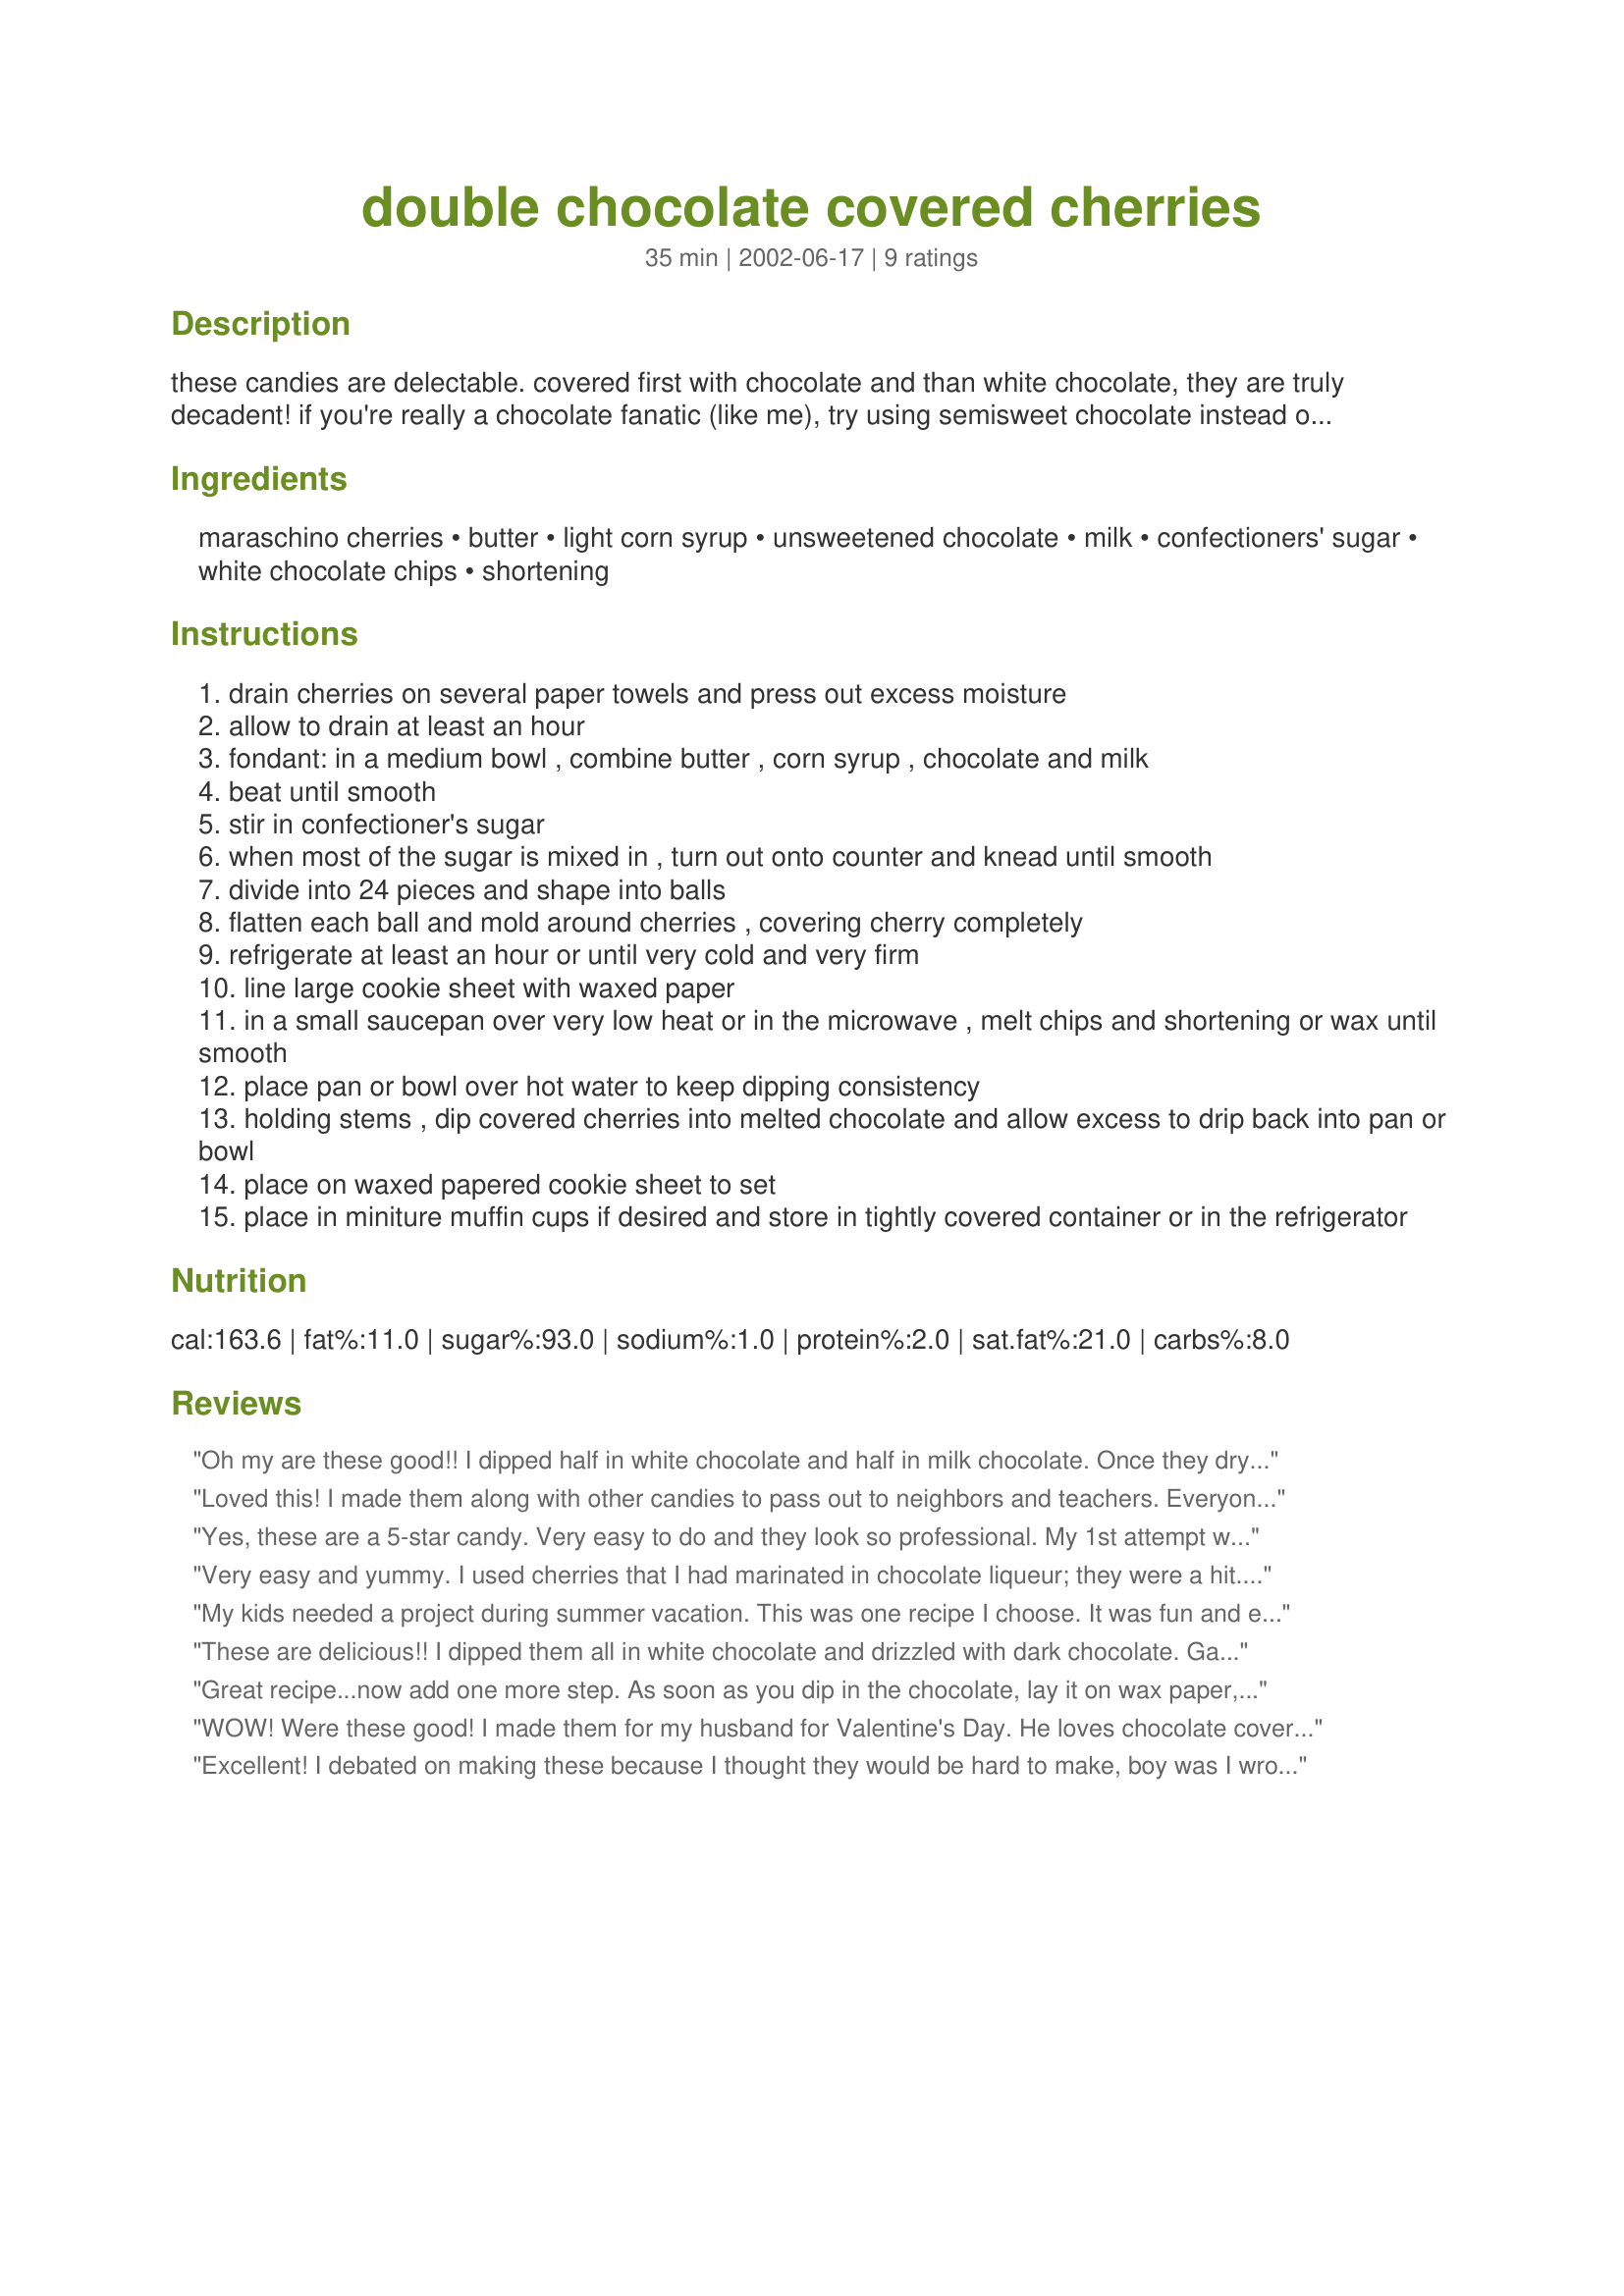
double chocolate covered cherries
Preparation time: 35 minutes

these candies are delectable. covered first with chocolate and than white chocolate, they are truly decadent! if you're really a chocolate fanatic (like me), try using semisweet chocolate instead of white for the second coating.

Ingredients:
maraschino cherries, butter, light corn syrup, unsweetened chocolate, milk, confectioners' sugar, white chocolate chips, shortening

Steps:
drain cherries on several paper towels and press out excess moisture
allow to drain at least an hour
fondant: in a medium bowl , combine butter , corn syrup , chocolate and milk
beat until smooth
stir in confectioner's sugar
when most of the sugar is mixed in , turn out onto counter and knead until smooth
divide into 24 pieces and shape into balls
flatten each ball and mold around cherries , covering cherry completely
refrigerate at least an hour or until very cold and very firm
line large cookie sheet with waxed paper
in a small saucepan over very low heat or in the microwave , melt chips and shortening or wax until smooth
place pan or bowl over hot water to keep dipping consistency
holding stems , dip covered cherries into melted chocolate and allow excess to drip back into pan or bowl
place on waxed papered cookie sheet to set
place in miniture muffin cups if desired and store in tightly covered container or in the refrigerator

Reviews:
Oh my are these good!! I dipped half in white chocolate and half in milk chocolate. Once they dryed I then drizzled them with another color of chocolate. (white /w milk chocolate, Milk chocolate w/ white)
My did they look amazing and the taste is just sinful! 
This recipe is a keeper I will use alot. Thankyou ;)
Loved this! I made them along with other candies to pass out to neighbors and teachers. Everyone commented on how much they loved these! I used a pp idea to make them into mice w/ the addition of slivered almond ears and Hershey kiss noses. This candy will hold a permanent place on my holiday candy tray! Thanks Karen=^..^= !
Yes, these are a 5-star candy. Very easy to do and they look so professional. My 1st attempt was to coat the cherries in white chocolate, as described but my white chocolate siezed on me as I was melting it and it was then unusable. White chocolate is very delicate and I must have heated it for too long. I then melted 12 oz. of semisweet chocolate with 2 tablespoons of shortening and dipped the cherries in that. That worked really well. I got about 26 candies from this recipe.
Very easy and yummy. I used cherries that I had marinated in chocolate liqueur; they were a hit. Thank you!
My kids needed a project during summer vacation. This was one recipe I choose. It was fun and easy for them. The results were delicious. However, here in the west it was very warm and I used shortening with my chocolate. I wish I had had some paraffin on hand (it is packed away, from moving a couple of months ago and I have not got to those boxes yet) because I think the chocolate would have set up better. We kept them in the fridge and they were awesome. Thanks!
These are delicious!! I dipped them all in white chocolate and drizzled with dark chocolate. Gave some away for valentine's day, but kept most for myself because they were so delicious.
Great recipe...now add one more step. As soon as you dip in the chocolate, lay it on wax paper, with the stem horizontal but curved up (tail), push a chocolate kiss on the end of the cherry opposite the stem (head/nose), and wedge two almond slivers between the cherry and chocolate kiss (ears). Add two dots of decorator frosting to the kiss for eyes and you have the cutest little mouse you have ever seen!
WOW! Were these good! I made them for my husband for Valentine's Day. He loves chocolate covered cherries. I was amazed at how easy they were to put together. I even love them and I don't care for chocolate covered cherries. But I guess I don't like the store bought ones because these were wonderful! I did half in white choclate and the other half in semi-sweet as suggested. I don't know which I like better! Super yummy! And they turned out so pretty! But I didn't need as much chocolate to dip the cherries in - I actually needed 6 ounces instead of 12. I had 6 ounces exactly, left over. So I just poured it into candy molds (can't waste choclate)! Thank you for posting an easy, beautiful, and yummy recipe! These are worth giving as gifts!
Excellent! I debated on making these because I thought they would be hard to make, boy was I wrong! These candies were super simple and taste better than any store-bought chocolate covered cherry!
I think the next time I make them I will use a little less fondant on each cherry, as they ended up being pretty huge. I'd like it if they were more bite-size-ish.
Thanks for submitting this great recipe!
